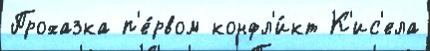
Прохазка п'е́рвом конфл'и́кт К'ис'ела